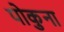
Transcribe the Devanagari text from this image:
पोकुना